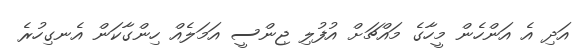
އަދި އެ އަންހެން މީހާގެ މައްޗަށް އުފުލި ޖިންސީ އަމަލެއް ހިންގާކަން އެނގިހުރެ